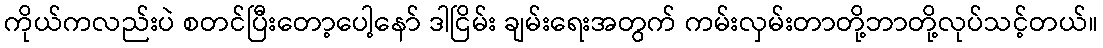
ကိုယ်ကလည်းပဲ စတင်ပြီးတော့ပေါ့နော် ဒါငြိမ်း ချမ်းရေးအတွက် ကမ်းလှမ်းတာတို့ဘာတို့လုပ်သင့်တယ်။